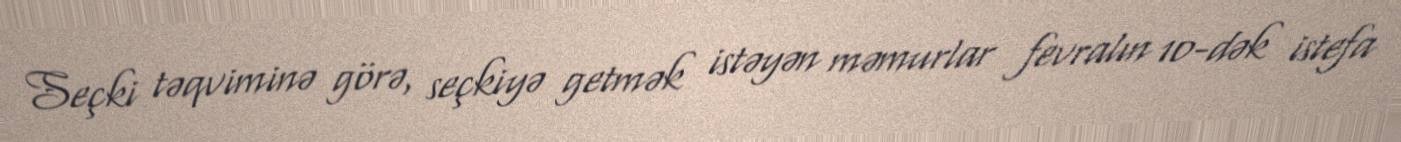
Seçki təqviminə görə, seçkiyə getmək istəyən məmurlar fevralın 10-dək istefa